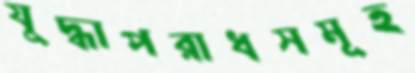
যুদ্ধাপরাধসমূহ